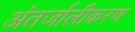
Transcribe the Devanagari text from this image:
अंतर्जालीकरण